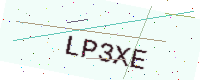
Text: LP3XE